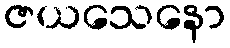
ဇယသေနော